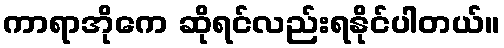
ကာရာအိုကေ ဆိုရင်လည်းရနိုင်ပါတယ်။